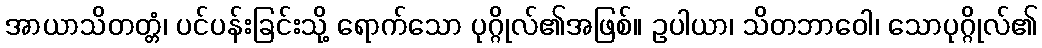
အာယာသိတတ္တံ၊ ပင်ပန်းခြင်းသို့ ရောက်သော ပုဂ္ဂိုလ်၏အဖြစ်။ ဥပါယာ၊ သိတဘာဝေါ၊ သောပုဂ္ဂိုလ်၏